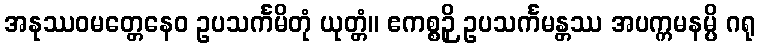
အနုဿဝမတ္တေနေဝ ဥပသင်္ကမိတုံ ယုတ္တံ။ ဧကစ္စဉှိ ဥပသင်္ကမန္တဿ အပက္ကမနမ္ပိ ဂရု